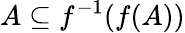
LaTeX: A\subseteq f^{-1}(f(A))